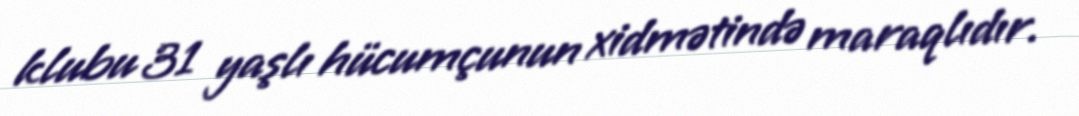
klubu 31 yaşlı hücumçunun xidmətində maraqlıdır.